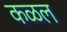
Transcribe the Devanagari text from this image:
कळल